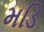
મડિ